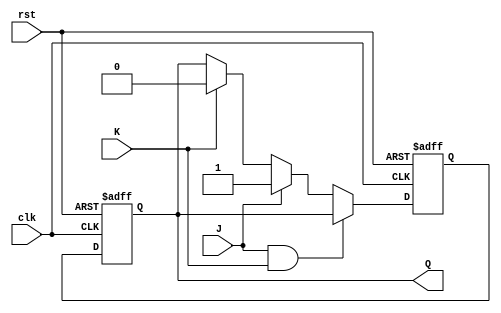
module jk_flip_flop(input J, input K, input clk, input rst, output reg Q);

    reg Q_next;

    always @(posedge clk or posedge rst)
    begin
        if (rst)
            Q_next <= 1'b0;
        else
        begin
            if (J && K)
                Q_next <= Q;
            else if (J)
                Q_next <= 1'b1;
            else if (K)
                Q_next <= 1'b0;
            else
                Q_next <= Q;
        end
    end

    always @(posedge clk or posedge rst)
    begin
        if (rst)
            Q <= 1'b0;
        else
            Q <= Q_next;
    end

endmodule